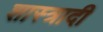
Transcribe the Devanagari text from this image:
शास्त्रादी